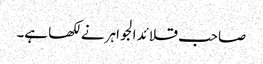
صاحب قلائد الجواہر نے لکھا ہے۔